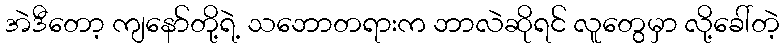
အဲဒီတော့ ကျနော်တို့ရဲ့ သဘောတရားက ဘာလဲဆိုရင် လူတွေမှာ လို့ခေါ်တဲ့